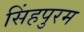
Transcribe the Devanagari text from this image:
सिंहपुरम